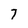
Character: 7